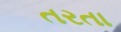
તરતા